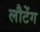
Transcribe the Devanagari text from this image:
लौटेंग